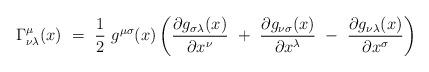
LaTeX: \begin{align*}\Gamma_{\nu\lambda}^\mu (x) \ = \ \frac 1 2 \ g^{\mu\sigma} (x) \left( \frac{\partial g_{\sigma\lambda}(x)}{\partial x^\nu} \ + \ \frac{\partial g_{\nu\sigma}(x)}{\partial x^\lambda} \ - \ \frac{\partial g_{\nu\lambda}(x)}{\partial x^\sigma}\right)\end{align*}